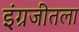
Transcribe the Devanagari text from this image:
इंग्रजीतला